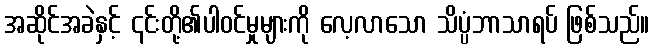
အဆိုင်အခဲနှင့် ၎င်းတို့၏ပါဝင်မှုများကို လေ့လာသော သိပ္ပံဘာသာရပ် ဖြစ်သည်။